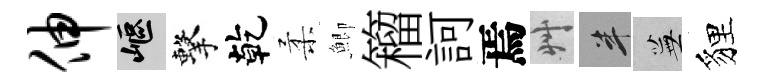
伸嶇擊乾柔鯽籕訶焉艸半蕪貍